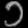
Digit: ၁